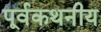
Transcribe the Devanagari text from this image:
पूर्वकथनीय